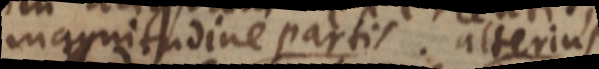
magnitudine partis alterius